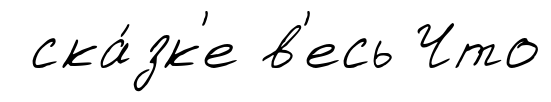
ска́зк'е в'есь Что